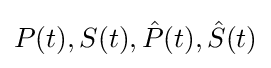
P(t),S(t),{\hat {P}}(t),{\hat {S}}(t)